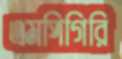
এমপিগিরি